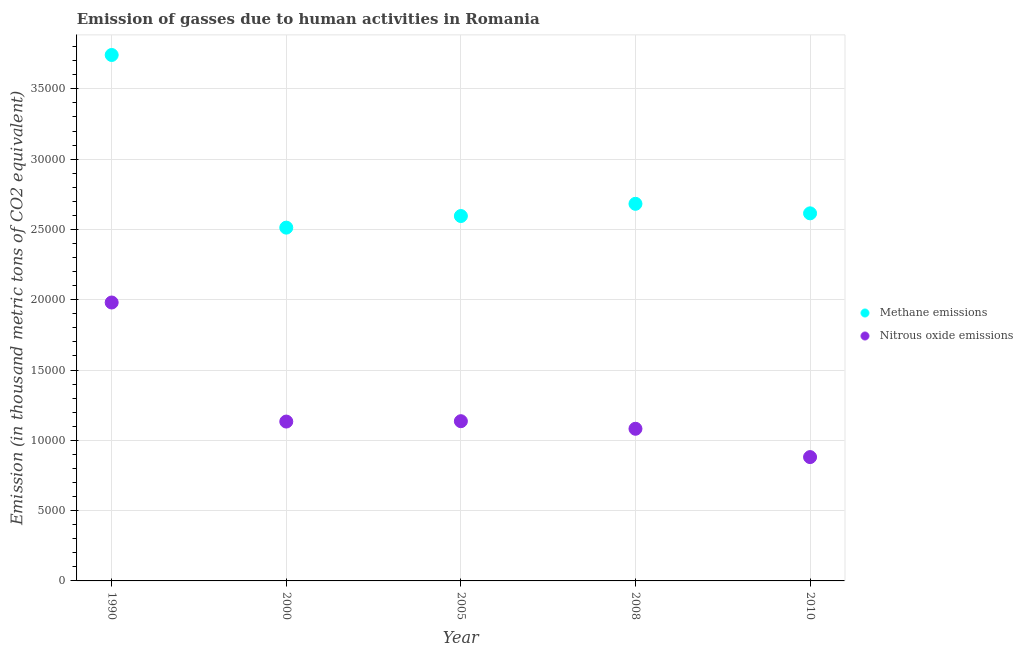
| Year | Methane emissions | Nitrous oxide emissions |
 | --- | --- | --- |
 | 1990 | 3.74e+04 | 1.98e+04 |
 | 2000 | 2.51e+04 | 1.13e+04 |
 | 2005 | 2.6e+04 | 1.14e+04 |
 | 2008 | 2.68e+04 | 1.08e+04 |
 | 2010 | 2.61e+04 | 8.81e+03 |